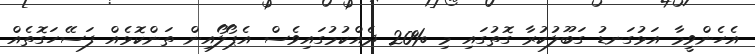
އެހެންވީމާ އަޅުގަނޑު ގަބޫލުކުރާ ގޮތުގައި މި %20 ދެއްކުމުގައިވެސް އެޕޯލޯއިން ތަންކޮޅެއް ފަސޭހަގޮތެއް